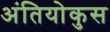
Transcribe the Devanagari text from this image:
अंतियोकुस